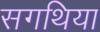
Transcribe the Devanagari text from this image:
सगथिया